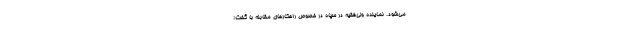
می‌شود. نماینده ولی‌فقیه در سپاه در خصوص راهکارهای مقابله با گفت: